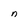
Character: C